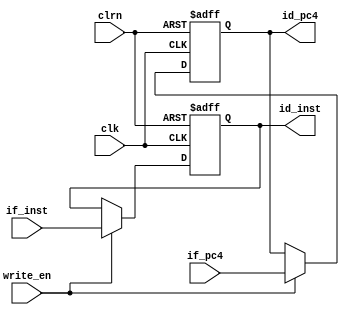
`timescale 1ns / 1ps
//////////////////////////////////////////////////////////////////////////////////
// Company:
// Engineer:
//
// Design Name:
// Module Name:    instruction_register
// Project Name:
// Target Devices:
// Tool versions:
// Description:
//
// Dependencies:
//
// Revision:
// Revision 0.01 - File Created
// Additional Comments:
//
//////////////////////////////////////////////////////////////////////////////////
module instruction_register(if_pc4,if_inst,clk,clrn,id_pc4,id_inst,write_en
                           );
input [31:0] if_pc4, if_inst;
input write_en;
input clk, clrn;
output [31:0] id_pc4,id_inst;

reg [31:0] id_pc4,id_inst;

//
//////////////////////////////////////////////////////////////////////////////
always @(posedge clk or negedge clrn)
    if(clrn == 0) begin
        id_pc4 <= 32'b0;
        id_inst <= 32'b0;
    end
    else if(write_en)
    begin
        id_pc4 <= if_pc4;
        id_inst <= if_inst;
    end
endmodule